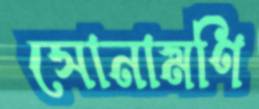
সোনামণি